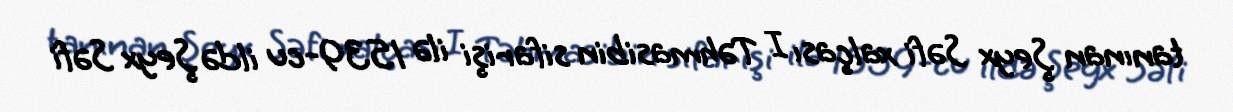
tanınan Şeyx Səfi xalçası I Təhmasibin sifarişi ilə 1539-cu ildə Şeyx Səfi